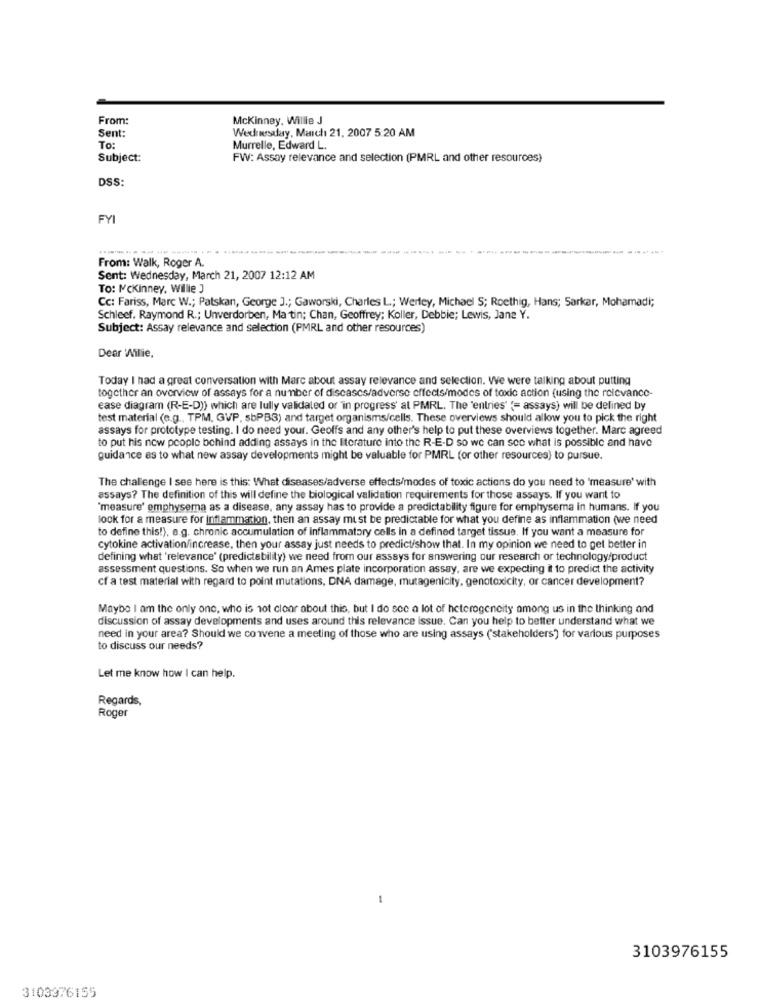
From:
Mckinney, Willie J
Sent:
Wednesday, March 21, 2007 5:20 AM
To:
Murrelle, Edward L.
Subject:
FW: Assay relevance and selection (PMRL and other resources)
DSS:
FYI
---
---
--------
From: Walk, Roger A.
Sent: Wednesday, March 21, 2007 12:12 AM
To: Mckinney, Willie ]
Cc: Fariss, Marc W .; Patskan, George J .; Gaworski, Charles L .; Werley, Michael S; Roethig, Hans; Sarkar, Mohamadi;
Schleef. Raymond R .; Unverdorben, Ma tin; Chan, Geoffrey; Koller, Debbie; Lewis, Jane Y.
Subject: Assay relevance and selection (PMRL and other resources)
Dear 'Willie.
Today I had a great conversation with Marc about assay relevance and selection. We were talking about putting
together an overview of assays for a number of diseases/adverse effects/modes of toxic action (using the relevance-
ease diagram (R-E-D)) which are lully validaled or in progress' al PMRL. The 'entries" {= assays) will be delined by
test material (e.g ., TPM, GVP. sbPBG) and target organisms/cells. These overviews should allow you to pick the right
assays for prototype testing. I do need your. Geoffs and any other's help to put these overviews together. Marc agreed
to put his now people behind adding assays in the literature into the R-E-D so we can see what is possible and have
guidance as to what new assay developments might be valuable for PMRL (or other resources) to pursue.
The challenge I see here is this: What diseases/adverse effects/modes of toxic actions do you need to 'measure' with
assays? The definition of this will define the biological validation requirements for those assays. If you want to
"measure' emphysema as a disease, any assay has to provide a predictability figure for emphysema in humans. If you
look for a measure for inflammation, then an assay must be predictable for what you define as inflammation (we need
to define this!), e.g. chronic accumulation of inflammatory cells in a defined target tissus. If you want a measure for
Cytokine activation/increase, then your assay just needs to predict/show that. In my opinion we need to get better in
defining what 'relevance' (predictability) we need from our assays for answering our research or technology/product
assessment questions. So when we run an Ames plate incorporation assay, are we expecting it to predict the activity
cf a test material with regard to point mutations, DNA damage, mutagenicity, genotoxicity, or cancer development?
Maybe I am the only one, who is not clear about this, but I do see a lot of heterogeneity among us in the thinking and
discussion of assay developments and uses around this relevance issue. Can you help to better understand what we
need in your area? Should we convene a meeting of those who are using assays ('stakeholders) for various purposes
to discuss our needs?
Let me know how I can help.
Regards,
Roger
3103976155
3103976155